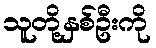
သူတို့နှစ်ဦးကို